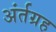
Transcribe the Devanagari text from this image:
अंर्तग्रह